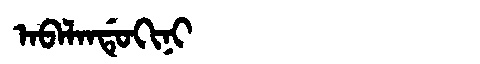
Manchu: ᠠᠪᠠᠯᠠᠨᡩᡠᡴᡳᠨᡳ
Romanization: ABALANDUKINI